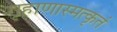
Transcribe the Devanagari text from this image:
गृहाणास्मत्कृतं